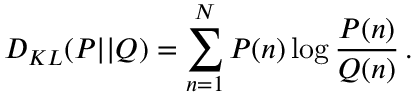
D _ { K L } ( P | | Q ) = \sum _ { n = 1 } ^ { N } P ( n ) \log \frac { P ( n ) } { Q ( n ) } \, .